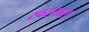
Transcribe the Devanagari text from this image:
स्वरतारा